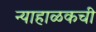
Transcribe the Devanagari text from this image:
न्याहाळकची